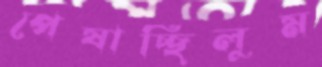
পেষাচ্ছিলুম